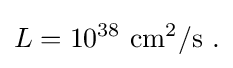
L=10^{38}~{\rm {cm^{2}/s\ .}}